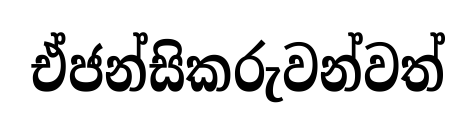
ඒජන්සිකරුවන්වත්